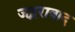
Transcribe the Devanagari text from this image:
जहूराबाद